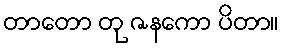
တာတော တု ဇနကော ပိတာ။